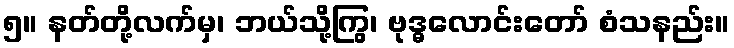
၅။ နတ်တို့လက်မှ၊ ဘယ်သို့ကြွ၊ ဗုဒ္ဓလောင်းတော် စံသနည်း။